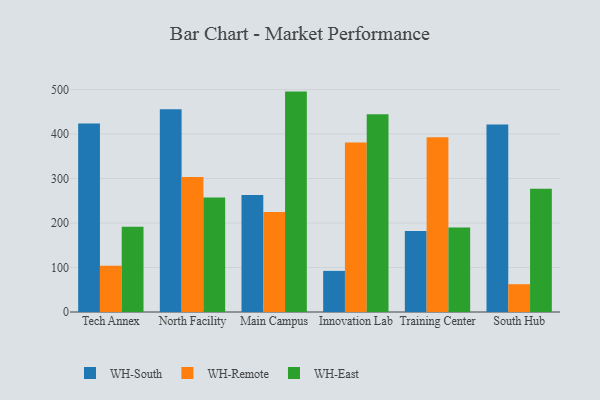
{"axis": {"x": "Campus", "y": "Page Views"}, "legend": ["WH-East", "WH-Remote", "WH-South"], "data": [{"x": "Tech Annex", "y": 423.7, "type": "WH-South"}, {"x": "Tech Annex", "y": 103.7, "type": "WH-Remote"}, {"x": "Tech Annex", "y": 191.4, "type": "WH-East"}, {"x": "North Facility", "y": 455.8, "type": "WH-South"}, {"x": "North Facility", "y": 303.4, "type": "WH-Remote"}, {"x": "North Facility", "y": 257.5, "type": "WH-East"}, {"x": "Main Campus", "y": 263.1, "type": "WH-South"}, {"x": "Main Campus", "y": 224.7, "type": "WH-Remote"}, {"x": "Main Campus", "y": 495.3, "type": "WH-East"}, {"x": "Innovation Lab", "y": 92.4, "type": "WH-South"}, {"x": "Innovation Lab", "y": 380.9, "type": "WH-Remote"}, {"x": "Innovation Lab", "y": 444.3, "type": "WH-East"}, {"x": "Training Center", "y": 181.8, "type": "WH-South"}, {"x": "Training Center", "y": 392.6, "type": "WH-Remote"}, {"x": "Training Center", "y": 189.9, "type": "WH-East"}, {"x": "South Hub", "y": 421.6, "type": "WH-South"}, {"x": "South Hub", "y": 62.5, "type": "WH-Remote"}, {"x": "South Hub", "y": 276.9, "type": "WH-East"}]}